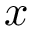
x